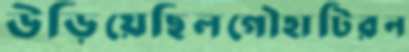
উড়িয়েছিলগৌহাটিরন